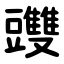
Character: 䝄